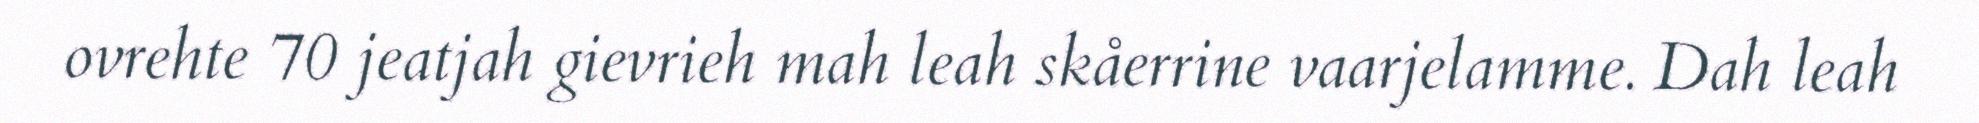
ovrehte 70 jeatjah gievrieh mah leah skåerrine vaarjelamme. Dah leah